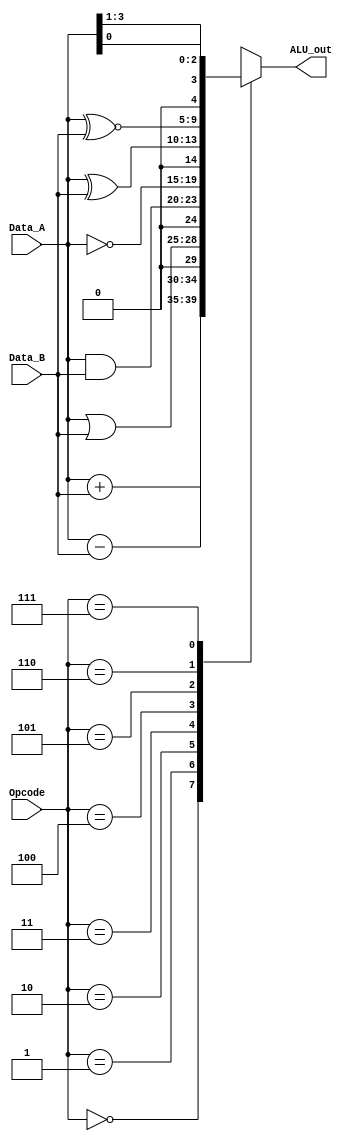
module ALU (output reg [4:0] ALU_out, input [3:0] Data_A, Data_B, input [2:0] Opcode);
	parameter	Add		= 3'b000,	//	A + B
					Subtract	= 3'b001,	//	A - B
					Or_AB		= 3'b010,	//	A | B
					And_AB	= 3'b011,	//	A & B
					Not_A		= 3'b100,	//	~ A
					Exor		= 3'b101,	//	A ^ B
					Exnor		= 3'b110,	//	A ~ ^ B
					Ror_A		= 3'b111;	//	| A

	always@(*)
	
	case(Opcode)
		Add:			ALU_out =  Data_A + Data_B;
		Subtract:	ALU_out =  Data_A - Data_B;
		Or_AB:		ALU_out =  Data_A | Data_B;
		And_AB:		ALU_out =  Data_A & Data_B;
		Not_A:		ALU_out =  ~ Data_A;
		Exor:			ALU_out =  Data_A ^ Data_B;
		Exnor:		ALU_out =  Data_A ~^ Data_B;
		Ror_A:		ALU_out <= {Data_A[0],Data_A[3:1]};
	endcase
endmodule